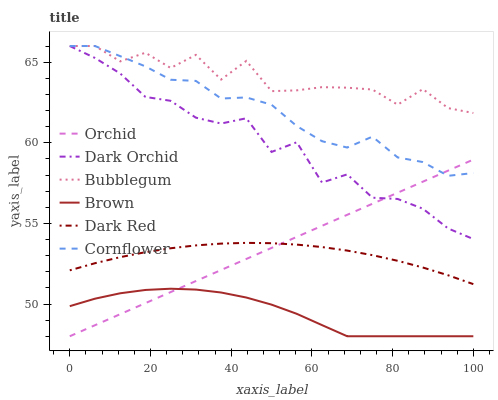
| xaxis_label | Orchid | Dark Orchid | Bubblegum | Brown | Dark Red | Cornflower |
 | --- | --- | --- | --- | --- | --- | --- |
 | 0 | 48 | 66 | 66 | 49.9 | 52.1 | 66 |
 | 6.25 | 48.7 | 65.3 | 66 | 50.3 | 52.5 | 66 |
 | 12.5 | 49.4 | 64.3 | 65 | 50.7 | 52.9 | 65.4 |
 | 18.8 | 50.1 | 62.8 | 65.6 | 50.9 | 53.2 | 64.7 |
 | 25 | 50.7 | 62.6 | 64.6 | 50.9 | 53.5 | 63.9 |
 | 31.2 | 51.4 | 61.6 | 65.4 | 50.9 | 53.6 | 63.8 |
 | 37.5 | 52.1 | 61.2 | 63.9 | 50.7 | 53.7 | 62.7 |
 | 43.8 | 52.8 | 61.5 | 65.1 | 50.4 | 53.8 | 62.8 |
 | 50 | 53.5 | 59.4 | 63.2 | 50 | 53.8 | 62.4 |
 | 56.2 | 54.2 | 60 | 63.3 | 49.4 | 53.7 | 61 |
 | 62.5 | 54.8 | 57.5 | 63.4 | 48.7 | 53.5 | 60.1 |
 | 68.8 | 55.5 | 58 | 63.4 | 48 | 53.3 | 59.7 |
 | 75 | 56.2 | 56.6 | 63.3 | 48 | 53 | 60.4 |
 | 81.2 | 56.9 | 56.5 | 62.4 | 48 | 52.7 | 59.1 |
 | 87.5 | 57.6 | 55.9 | 63.3 | 48 | 52.3 | 58.8 |
 | 93.8 | 58.3 | 54.7 | 62.1 | 48 | 51.8 | 57.9 |
 | 100 | 59 | 54 | 61.8 | 48 | 51.2 | 58.1 |